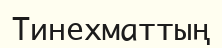
Тинехматтың